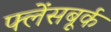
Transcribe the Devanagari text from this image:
फ्लेंसबूर्क